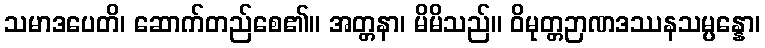
သမာဒပေတိ၊ ဆောက်တည်စေ၏။ အတ္တနာ၊ မိမိသည်။ ဝိမုတ္တဉာဏဒဿနသမ္ပန္နော၊